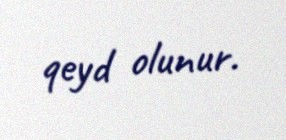
qeyd olunur.